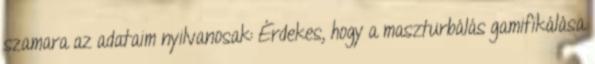
szamara az adataim nyilvanosak: Érdekes, hogy a maszturbálás gamifikálása